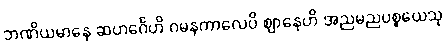
ဘဏိယမာနေ ဆဟင်္ဂေဟိ ဂမနကာလေပိ ဈာနေဟိ အညမညပစ္စယေသု